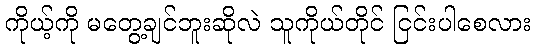
ကိုယ့်ကို မတွေ့ချင်ဘူးဆိုလဲ သူကိုယ်တိုင် ငြင်းပါစေလား